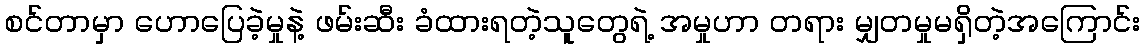
စင်တာမှာ ဟောပြေခဲ့မှုနဲ့ ဖမ်းဆီး ခံထားရတဲ့သူတွေရဲ့ အမှုဟာ တရား မျှတမှုမရှိတဲ့အကြောင်း